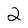
Character: 2